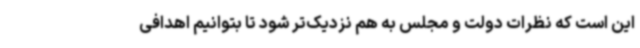
این است که نظرات دولت و مجلس به هم نزدیک‌تر شود تا بتوانیم اهدافی